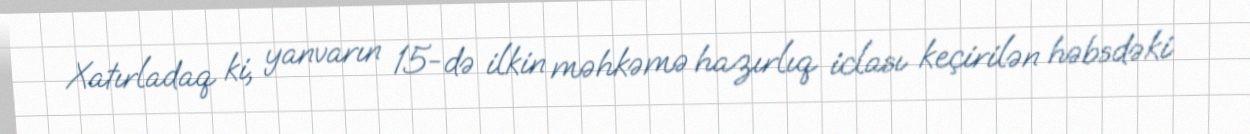
Xatırladaq ki, yanvarın 15-də ilkin məhkəmə hazırlıq iclası keçirilən həbsdəki